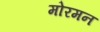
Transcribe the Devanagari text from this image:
मोरमन